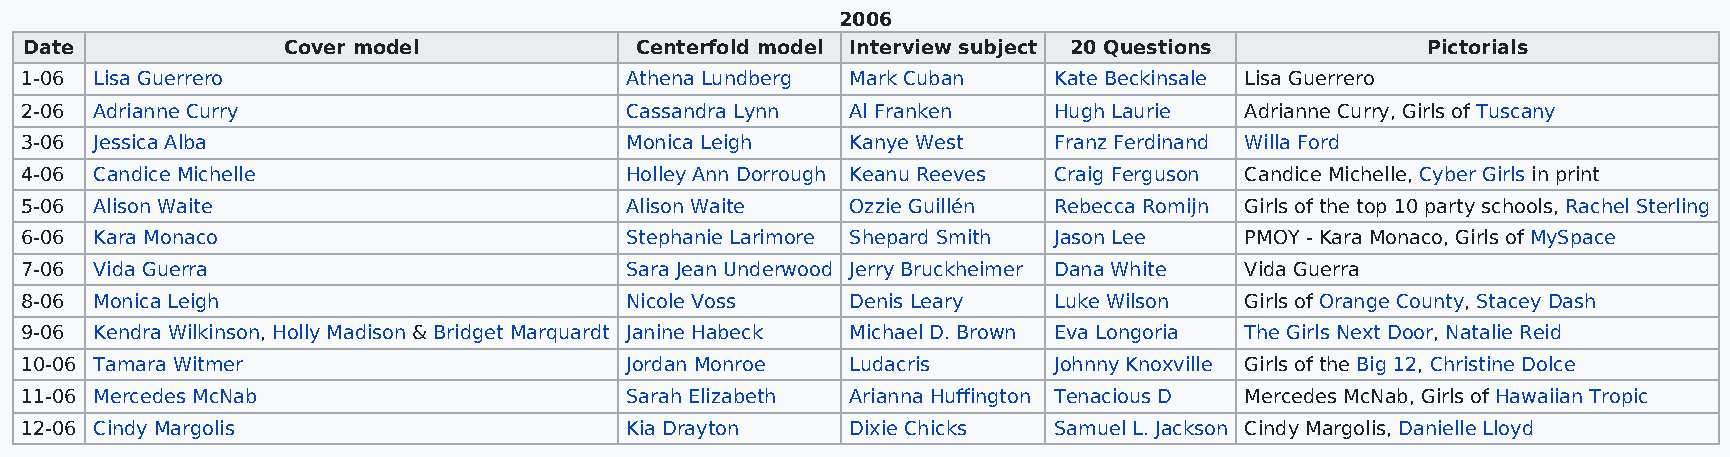
2006
 Date             Cover model            Centerfold model Interview subject 20 Questions     Pictorials
 1-06 Lisa Guerrero                      Athena Lundberg Mark Cuban   Kate Beckinsale Lisa Guerrero
 2-06 Adrianne Curry                     Cassandra Lynn Al Franken    Hugh Laurie Adrianne Curry, Girls of Tuscany
 3-06 Jessica Alba                       Monica Leigh   Kanye West    Franz Ferdinand Willa Ford
 4-06 Candice Michelle                   Holley Ann Dorrough Keanu Reeves Craig Ferguson Candice Michelle, Cyber Girls in print
 5-06 Alison Waite                       Alison Waite   Ozzie Guillén Rebecca Romijn Girls of the top 10 party schools, Rachel Sterling
 6-06 Kara Monaco                        Stephanie Larimore Shepard Smith Jason Lee PMOY - Kara Monaco, Girls of MySpace
 7-06 Vida Guerra                        Sara Jean Underwood Jerry Bruckheimer Dana White Vida Guerra
 8-06 Monica Leigh                       Nicole Voss    Denis Leary   Luke Wilson Girls of Orange County, Stacey Dash
 9-06 Kendra Wilkinson, Holly Madison & Bridget Marquardt Janine Habeck Michael D. Brown Eva Longoria The Girls Next Door, Natalie Reid
 10-06 Tamara Witmer                     Jordan Monroe  Ludacris      Johnny Knoxville Girls of the Big 12, Christine Dolce
 11-06 Mercedes McNab                    Sarah Elizabeth Arianna Huffington Tenacious D Mercedes McNab, Girls of Hawaiian Tropic
 12-06 Cindy Margolis                    Kia Drayton    Dixie Chicks  Samuel L. Jackson Cindy Margolis, Danielle Lloyd